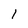
Character: 1